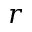
r